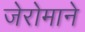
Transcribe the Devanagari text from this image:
जेरोमाने